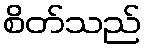
စိတ်သည်